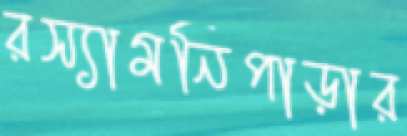
রস্যামনিপাড়ার